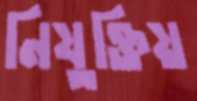
নিযুক্তিয়